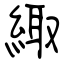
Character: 緅